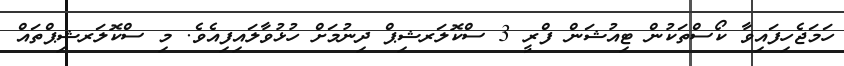
ހަމަޖެހިފައިވާ ކޯސްތަކުން ޓިއުޝަން ފްރީ 3 ސްކޮލަރޝިޕް ދިނުމަށް ހުޅުވާލައިފިއެވެ. މި ސްކޮލަރޝިޕްތައް